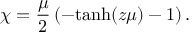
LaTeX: \chi = { \frac { \mu } { 2 } } \left( - \mathrm { t a n h } ( z \mu ) - 1 \right) .